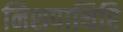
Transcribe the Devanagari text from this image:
निशपाथिहि